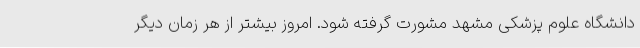
دانشگاه علوم پزشکی مشهد مشورت گرفته شود. امروز بیشتر از هر زمان دیگر